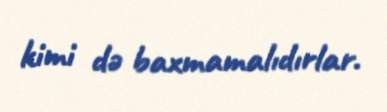
kimi də baxmamalıdırlar.